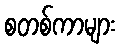
စတစ်ကာများ